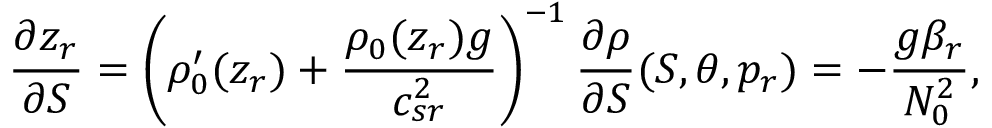
\frac { \partial z _ { r } } { \partial S } = \left( \rho _ { 0 } ^ { \prime } ( z _ { r } ) + \frac { \rho _ { 0 } ( z _ { r } ) g } { c _ { s r } ^ { 2 } } \right) ^ { - 1 } \frac { \partial \rho } { \partial S } ( S , \theta , p _ { r } ) = - \frac { g \beta _ { r } } { N _ { 0 } ^ { 2 } } ,